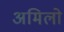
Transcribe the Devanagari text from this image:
अमिलो